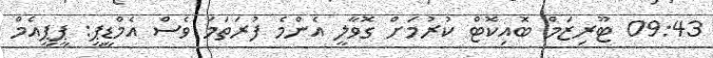
09:43 ޓޫރިޒަމް ބޮއިކޮޓް ކުރުމަށް ގޮވާލީ އެންމެ ފުރަތަމަ ވެސް އެމްޑީޕީ: ޕީޕީއެމް